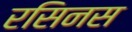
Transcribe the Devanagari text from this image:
रसिनस